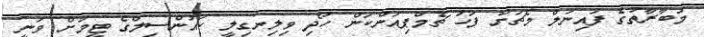
މުބާރާތުގެ ފައިނަލް މެޗަށް ފަހު ޗެމްޕިއަންކަން ހޯދި ވިލިނގިލީ ކައުންސިލްގެ ޓީމަށް ވަނީ